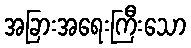
အခြားအရေးကြီးသော